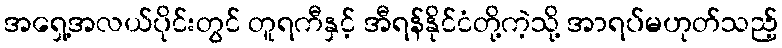
အရှေ့အလယ်ပိုင်းတွင် တူရကီနှင့် အီရန်နိုင်ငံတို့ကဲ့သို့ အာရပ်မဟုတ်သည့်